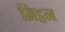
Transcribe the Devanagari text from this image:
मिट्ठन